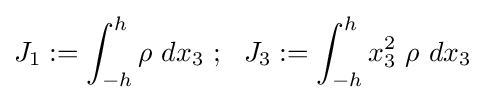
J_{1}:=\int _{-h}^{h}\rho ~dx_{3}~;~~J_{3}:=\int _{-h}^{h}x_{3}^{2}~\rho ~dx_{3}